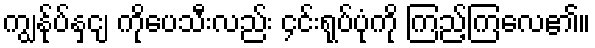
ကျွန်ုပ်နှင့ျ ကိုပေသီးလည်း ၄င်းရုပ်ပုံကို ကြည့်ကြလေ၏။